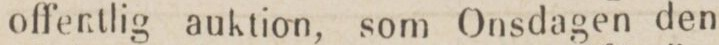
offentlig auktion, som Onsdagen den